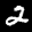
Label: 2